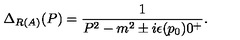
\Delta _ { R ( A ) } ( P ) = \frac { 1 } { P ^ { 2 } - m ^ { 2 } \pm i \epsilon ( p _ { 0 } ) 0 ^ { + } } .